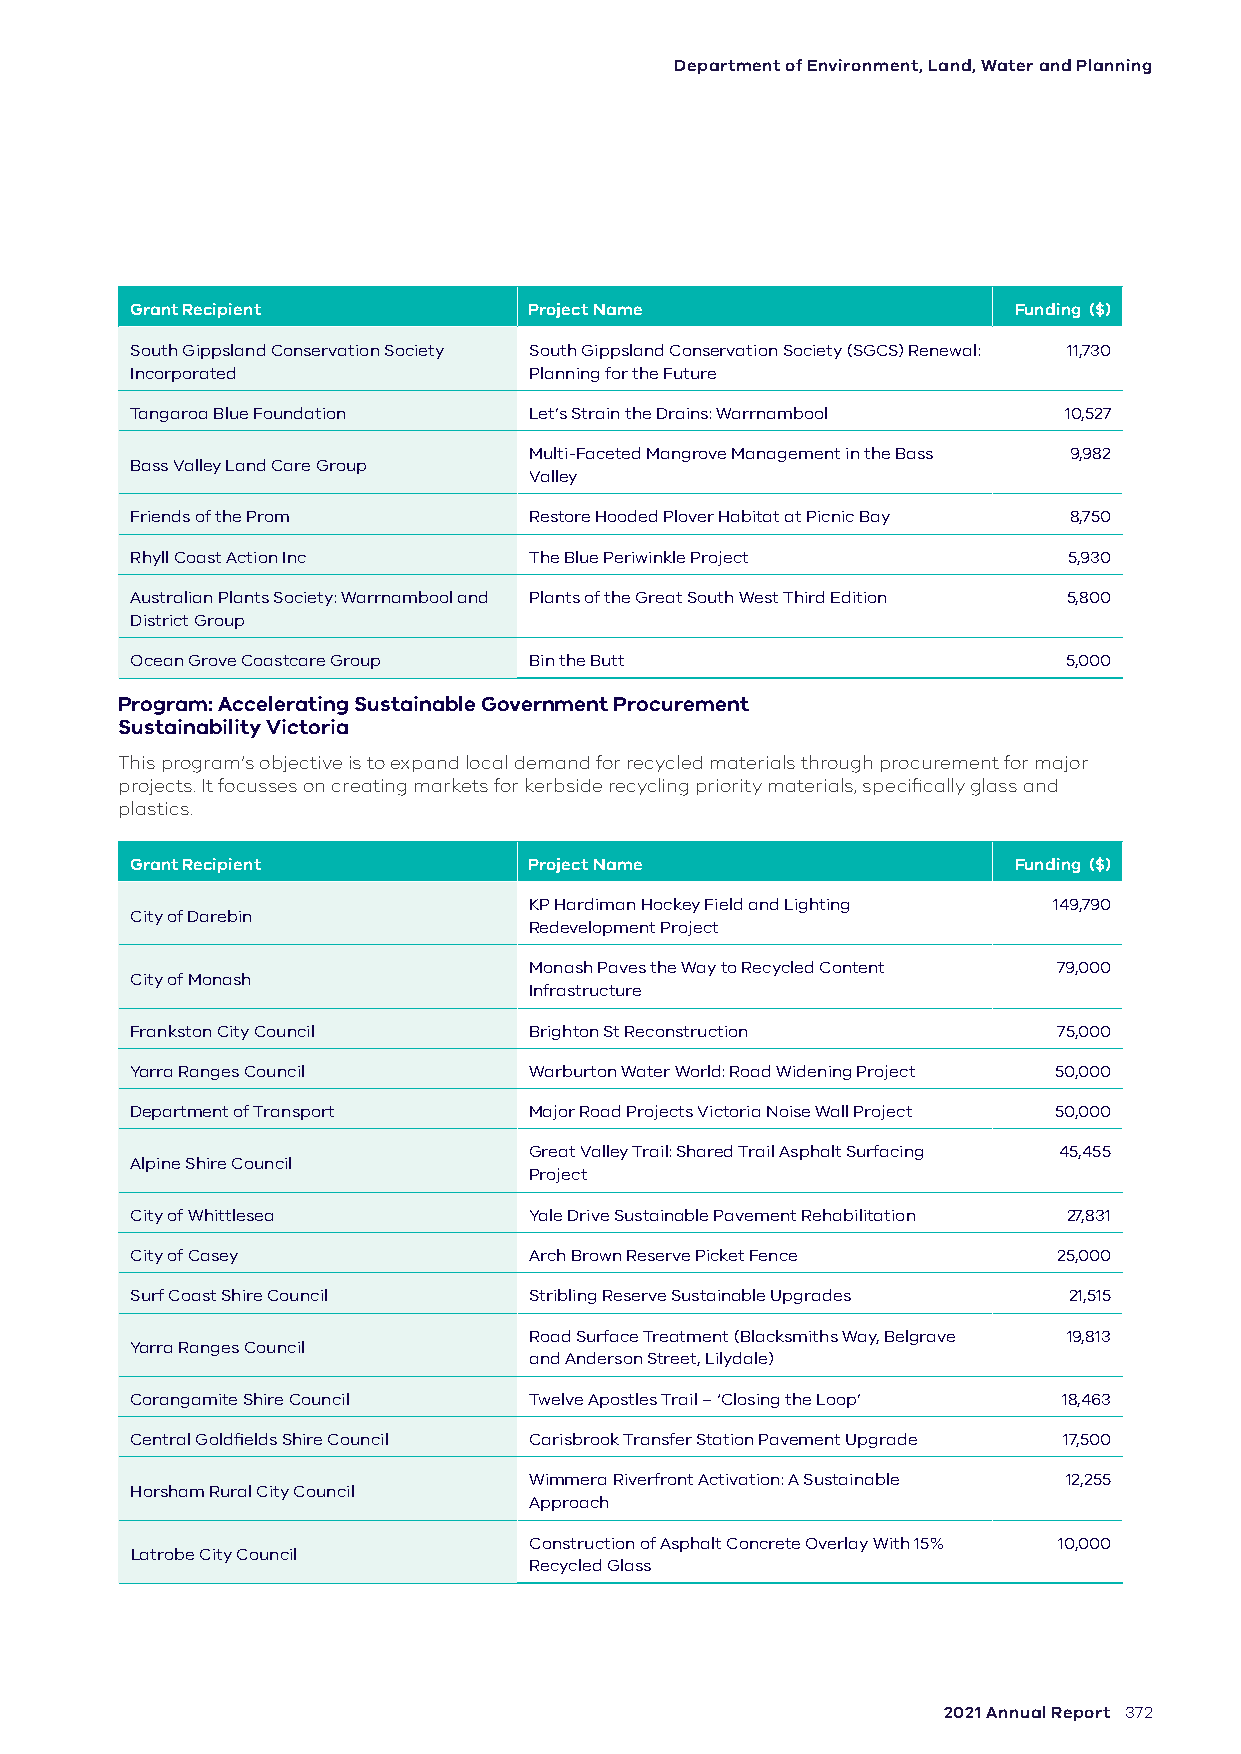
Department of Environment, Land, Water and Planning
 Grant Recipient           Project Name                    Funding ($)
 South Gippsland Conservation Society South Gippsland Conservation Society (SGCS) Renewal: 11,730
 Incorporated              Planning for the Future
 Tangaroa Blue Foundation  Let’s Strain the Drains: Warrnambool 10,527
 Multi-Faceted Mangrove Management in the Bass 9,982
 Bass Valley Land Care Group
 Valley
 Friends of the Prom       Restore Hooded Plover Habitat at Picnic Bay 8,750
 Rhyll Coast Action Inc    The Blue Periwinkle Project         5,930
 Australian Plants Society: Warrnambool and Plants of the Great South West Third Edition 5,800
 District Group
 Ocean Grove Coastcare Group Bin the Butt                      5,000
 Program: Accelerating Sustainable Government Procurement
 Sustainability Victoria
 This program’s objective is to expand local demand for recycled materials through procurement for major
 projects. It focusses on creating markets for kerbside recycling priority materials, specifically glass and
 plastics.
 Grant Recipient           Project Name                    Funding ($)
 KP Hardiman Hockey Field and Lighting 149,790
 City of Darebin
 Redevelopment Project
 Monash Paves the Way to Recycled Content 79,000
 City of Monash
 Infrastructure
 Frankston City Council    Brighton St Reconstruction         75,000
 Yarra Ranges Council      Warburton Water World: Road Widening Project 50,000
 Department of Transport   Major Road Projects Victoria Noise Wall Project 50,000
 Great Valley Trail: Shared Trail Asphalt Surfacing 45,455
 Alpine Shire Council
 Project
 City of Whittlesea        Yale Drive Sustainable Pavement Rehabilitation 27,831
 City of Casey             Arch Brown Reserve Picket Fence    25,000
 Surf Coast Shire Council  Stribling Reserve Sustainable Upgrades 21,515
 Road Surface Treatment (Blacksmiths Way, Belgrave 19,813
 Yarra Ranges Council
 and Anderson Street, Lilydale)
 Corangamite Shire Council Twelve Apostles Trail – ‘Closing the Loop’ 18,463
 Central Goldfields Shire Council Carisbrook Transfer Station Pavement Upgrade 17,500
 Wimmera Riverfront Activation: A Sustainable 12,255
 Horsham Rural City Council
 Approach
 Construction of Asphalt Concrete Overlay With 15% 10,000
 Latrobe City Council
 Recycled Glass
 2021 Annual Report 372